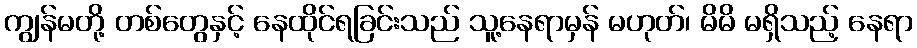
ကျွန်မတို့ တစ်တွေနှင့် နေထိုင်ရခြင်းသည် သူ့နေရာမှန် မဟုတ်၊ မိမိ မရှိသည့် နေရာ